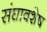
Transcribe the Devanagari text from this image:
संघावशेष